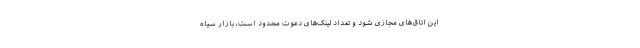
این اتاق‌های مجازی شود و تعداد لینک‌های دعوت محدود است، بازار سیاه